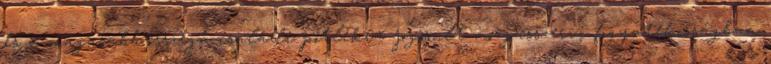
és a magasabb összegű családi pótlékra jogosult mozgásszervi fogyatékosságban